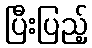
ပြီးပြည့်